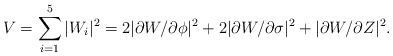
\begin{align*}V= \sum _{i=1} ^5 \vert W_i \vert ^2=2\vert\partial W /\partial \phi\vert^2 +2\vert\partial W /\partial \sigma \vert^2 +\vert\partial W /\partial Z \vert^2 .\end{align*}